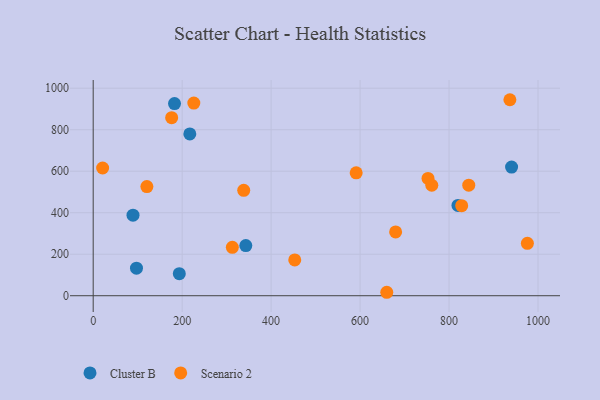
{"axis": {"x": "Study Hours", "y": "Fuel Efficiency"}, "legend": ["Cluster B", "Scenario 2"], "data": [{"x": "820.0", "y": 435.0, "type": "Cluster B"}, {"x": "97.3", "y": 132.7, "type": "Cluster B"}, {"x": "182.8", "y": 925.9, "type": "Cluster B"}, {"x": "217.2", "y": 779.6, "type": "Cluster B"}, {"x": "940.6", "y": 619.7, "type": "Cluster B"}, {"x": "89.5", "y": 388.1, "type": "Cluster B"}, {"x": "193.6", "y": 106.2, "type": "Cluster B"}, {"x": "343.1", "y": 241.7, "type": "Cluster B"}, {"x": "591.2", "y": 592.3, "type": "Scenario 2"}, {"x": "761.2", "y": 532.3, "type": "Scenario 2"}, {"x": "936.8", "y": 944.5, "type": "Scenario 2"}, {"x": "21.2", "y": 615.5, "type": "Scenario 2"}, {"x": "453.1", "y": 172.5, "type": "Scenario 2"}, {"x": "312.8", "y": 233.0, "type": "Scenario 2"}, {"x": "338.4", "y": 508.1, "type": "Scenario 2"}, {"x": "828.4", "y": 433.9, "type": "Scenario 2"}, {"x": "176.4", "y": 858.0, "type": "Scenario 2"}, {"x": "660.0", "y": 16.6, "type": "Scenario 2"}, {"x": "226.2", "y": 928.5, "type": "Scenario 2"}, {"x": "752.7", "y": 565.2, "type": "Scenario 2"}, {"x": "679.9", "y": 307.2, "type": "Scenario 2"}, {"x": "844.3", "y": 532.7, "type": "Scenario 2"}, {"x": "120.7", "y": 525.8, "type": "Scenario 2"}, {"x": "976.1", "y": 252.5, "type": "Scenario 2"}]}